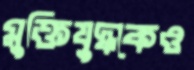
মুক্তিযুদ্ধকেও